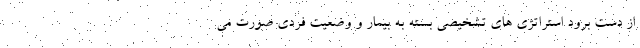
از دست برود استراتژی های تشخیصی بسته به بیمار و وضعیت فردی صورت می